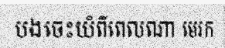
បងចេះយំពីពេលណា មេរក